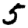
Digit: 5